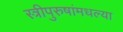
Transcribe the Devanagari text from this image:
स्त्रीपुरुषांमधल्या